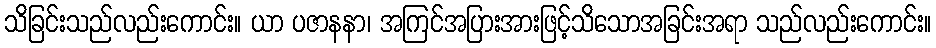
သိခြင်းသည်လည်းကောင်း။ ယာ ပဇာနနာ၊ အကြင်အပြားအားဖြင့်သိသောအခြင်းအရာ သည်လည်းကောင်း။